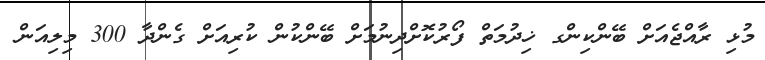
މުޅި ރާއްޖެއަށް ބޭންކިންގ ޚިދުމަތް ފޯރުކޮށްދިނުމަށް ބޭންކުން ކުރިއަށް ގެންދާ 300 މިލިއަން